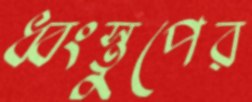
ধ্বংস্তুপের